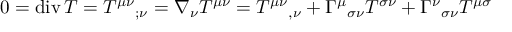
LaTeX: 0 = \operatorname { d i v } T = T ^ { \mu \nu } { } _ { ; \nu } = \nabla _ { \nu } T ^ { \mu \nu } = T ^ { \mu \nu } { } _ { , \nu } + \Gamma ^ { \mu } { } _ { \sigma \nu } T ^ { \sigma \nu } + \Gamma ^ { \nu } { } _ { \sigma \nu } T ^ { \mu \sigma }